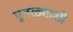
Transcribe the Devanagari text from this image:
पुतळ्याशी